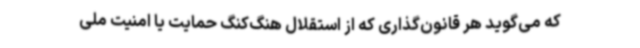
که می‌گوید هر قانون‌گذاری که از استقلال هنگ‌کنگ حمایت یا امنیت ملی